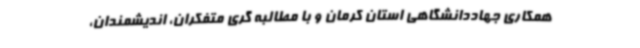
همکاری جهاددانشگاهی استان کرمان و با مطالبه گری متفکران، اندیشمندان،